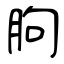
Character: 胊